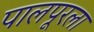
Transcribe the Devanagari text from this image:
पालपूरला